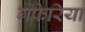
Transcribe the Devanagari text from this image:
गफेरिया